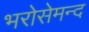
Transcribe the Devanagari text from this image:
भरोसेमन्द